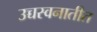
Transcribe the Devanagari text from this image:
उच्चस्वनातीत